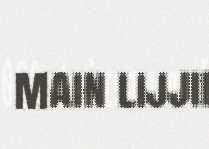
main lijjii